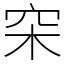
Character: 穼